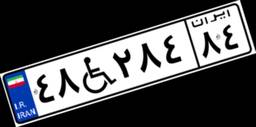
۷۹W۲۸۶۲۹